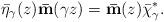
LaTeX: \begin{align*}\bar{\eta}_\gamma(z) {\bf\bar{m}}(\gamma z) = {\bf\bar{m}}(z) \bar{\chi}^*_\gamma.\end{align*}